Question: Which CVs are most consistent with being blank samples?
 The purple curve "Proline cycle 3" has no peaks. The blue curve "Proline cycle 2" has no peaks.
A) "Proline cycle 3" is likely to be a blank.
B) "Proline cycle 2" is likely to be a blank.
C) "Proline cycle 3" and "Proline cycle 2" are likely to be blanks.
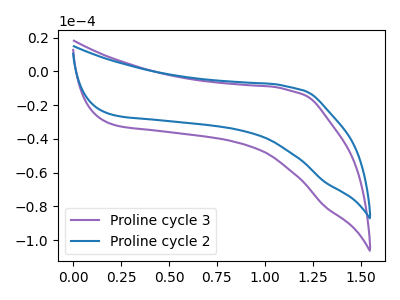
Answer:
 <answer>C) "Proline cycle 3" and "Proline cycle 2" are likely to be blanks.</answer>
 <eval>C</eval>